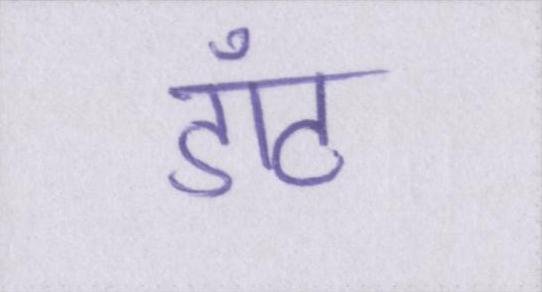
डॉट